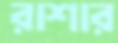
রাশার